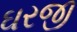
ઘરજી